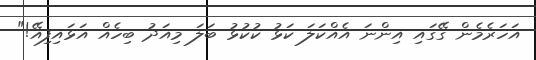
އަހަރެމެން ގޭގައި އިންނަ އެއްކަލަ ކަޅު ކުކުޅު ބަލަ މިއަދު ބިހެއް އަޅައިފިއޭ!"